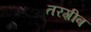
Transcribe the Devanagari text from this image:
तरग़ीब